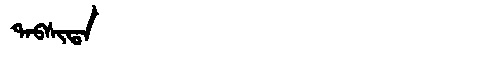
Manchu: ᡨᠠᠪᠰᡳᡨᠠ
Romanization: TABSITA